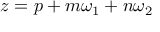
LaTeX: z = p + m \omega _ { 1 } + n \omega _ { 2 }